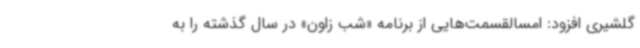
گلشیری افزود: امسالقسمت‌هایی از برنامه «شب زاون» در سال گذشته را به